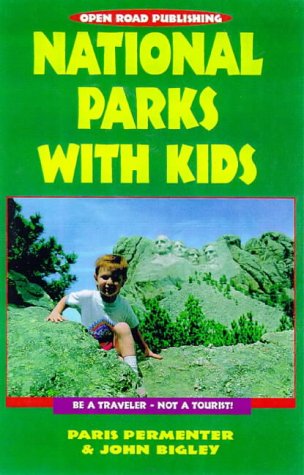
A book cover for National Parks With Kids (Open Road's Best National Parks with Kids); Paris Permenter; Travel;